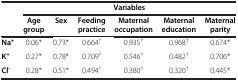
<table><thead><tr><td><b> </b></td><td colspan="6"><b>Variables</b></td></tr><tr><td><b> </b></td><td><b>Age group</b></td><td><b>Sex</b></td><td><b>Feeding practice</b></td><td><b>Maternal occupation</b></td><td><b>Maternal education</b></td><td><b>Maternal parity</b></td></tr></thead><tbody><tr><td><b>Na</b><sup><b>+</b></sup></td><td>0.06*</td><td>0.73*</td><td>0.664<sup>†</sup></td><td>0.935<sup>†</sup></td><td>0.968<sup>†</sup></td><td>0.674*</td></tr><tr><td><b>K</b><sup><b>+</b></sup></td><td>0.27*</td><td>0.78*</td><td>0.709<sup>†</sup></td><td>0.546<sup>†</sup></td><td>0.482<sup>†</sup></td><td>0.706*</td></tr><tr><td><b>Cl</b><sup><b>-</b></sup></td><td>0.28*</td><td>0.51*</td><td>0.494<sup>†</sup></td><td>0.380<sup>†</sup></td><td>0.320<sup>†</sup></td><td>0.445*</td></tr></tbody></table>